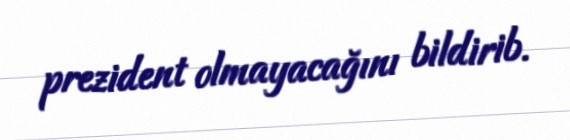
prezident olmayacağını bildirib.